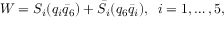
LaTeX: W = S _ { i } ( q _ { i } \bar { q } _ { 6 } ) + \bar { S } _ { i } ( q _ { 6 } \bar { q } _ { i } ) , \; \; i = 1 , \ldots , 5 ,